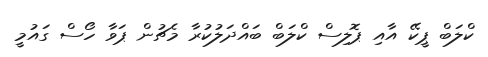
ކްލަބް ޕީކޭ އާއި ޕޮލިސް ކްލަބް ބައްދަލުކުރާ މެޗުން ޕަވާ ހޯސް ގައުމީ